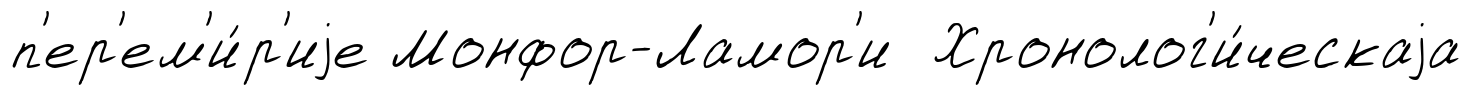
п'ер'ем'и́р'иjе Монфор-Ламор'и Хронолог'и́ческаjа